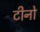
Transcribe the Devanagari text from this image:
टीनो